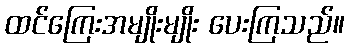
ထင်ကြေးအမျိုးမျိုး ပေးကြသည်။